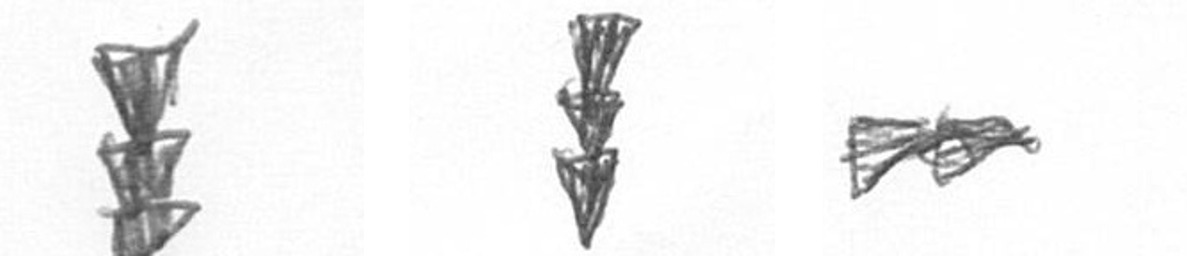
E E A